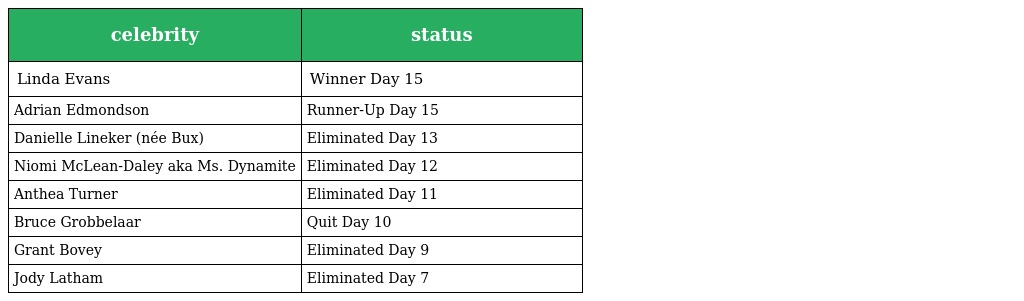
| celebrity | status |
 | --- | --- |
 | Linda Evans | Winner Day 15 |
 | Adrian Edmondson | Runner-Up Day 15 |
 | Danielle Lineker (née Bux) | Eliminated Day 13 |
 | Niomi McLean-Daley aka Ms. Dynamite | Eliminated Day 12 |
 | Anthea Turner | Eliminated Day 11 |
 | Bruce Grobbelaar | Quit Day 10 |
 | Grant Bovey | Eliminated Day 9 |
 | Jody Latham | Eliminated Day 7 |